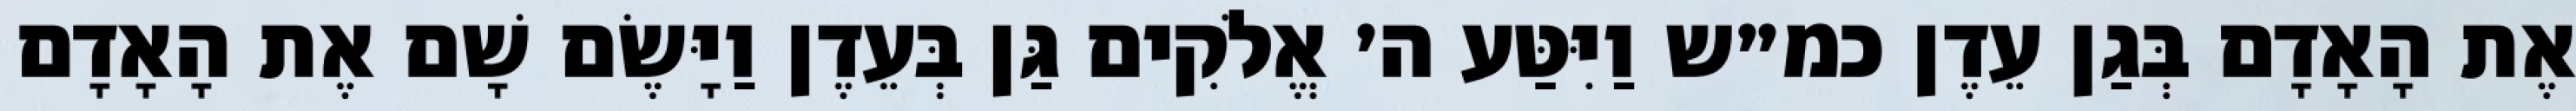
אֶת הָאָדָם בְּגַן עֵדֶן כמ״ש וַיִּטַּע ה׳ אֱלֹקִים גַּן בְּעֵדֶן וַיָּשֶׂם שָׁם אֶת הָאָדָם